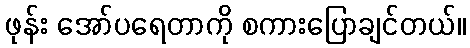
ဖုန်း အော်ပရေတာကို စကားပြောချင်တယ်။